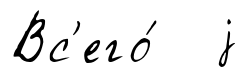
Вс'его́ j